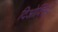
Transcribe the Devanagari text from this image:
दिओक्सिद